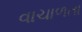
વાચાળતા